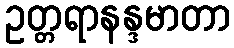
ဥတ္တရာနန္ဒမာတာ